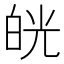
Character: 㿠